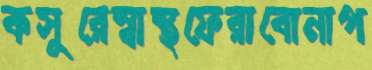
কসুরেস্বাস্থফেরাবোনাপ